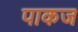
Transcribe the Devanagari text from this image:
पाकज